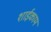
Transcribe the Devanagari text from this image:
शाईकाम